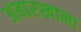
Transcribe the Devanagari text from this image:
अंबारखाना